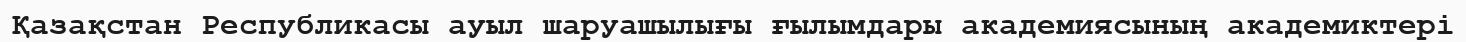
Қазақстан Республикасы ауыл шаруашылығы ғылымдары академиясының академиктері